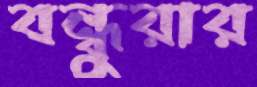
বন্ধুরার